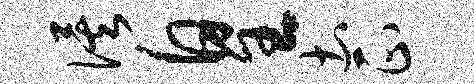
俟皇土正